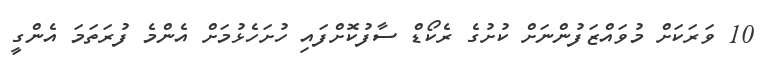
10 ވަރަކަށް މުވައްޒަފުންނަށް ކުށުގެ ރެކޯޑް ސާފުކޮށްފައި ހުށަހެޅުމަށް އެންމެ ފުރަތަމަ އެންގީ